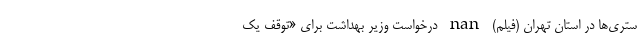
ستری‌ها در استان تهران (فیلم) nan درخواست وزیر بهداشت برای «توقف یک